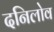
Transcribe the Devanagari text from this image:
दनिलोव